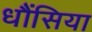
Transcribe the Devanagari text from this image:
धौंसिया